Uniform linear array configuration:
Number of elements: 32
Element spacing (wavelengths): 0.5
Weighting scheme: kaiser
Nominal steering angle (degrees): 45
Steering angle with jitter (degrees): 43.457
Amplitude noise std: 0.05
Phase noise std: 0.05

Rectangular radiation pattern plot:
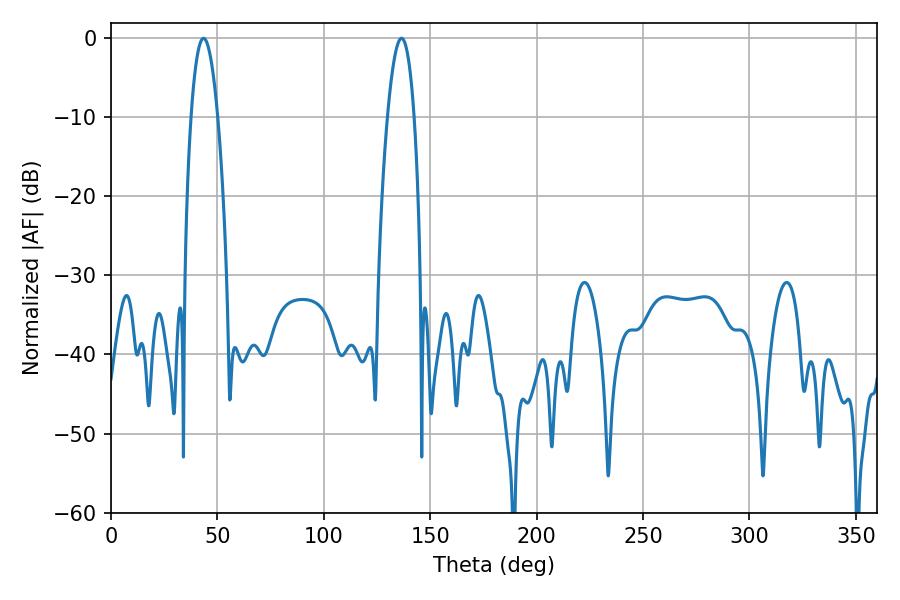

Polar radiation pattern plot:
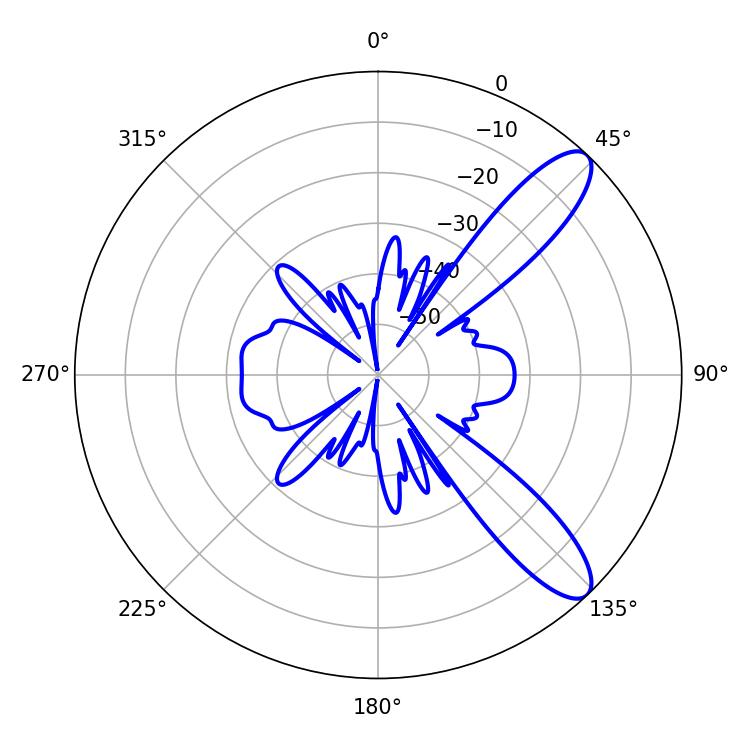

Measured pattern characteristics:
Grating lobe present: FALSE
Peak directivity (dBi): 10.479
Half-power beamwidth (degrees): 6.84
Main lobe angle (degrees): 136.44